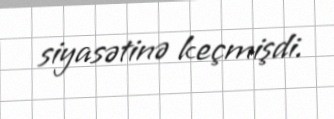
siyasətinə keçmişdi.